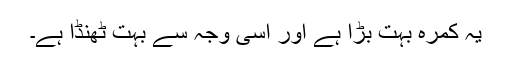
یہ کمرہ بہت بڑا ہے اور اسی وجہ سے بہت ٹھنڈا ہے۔